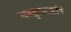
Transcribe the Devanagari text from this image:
भरद्वाजऋषि